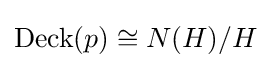
\operatorname {Deck} (p)\cong N(H)/H